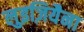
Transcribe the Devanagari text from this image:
लुइज़ियैना